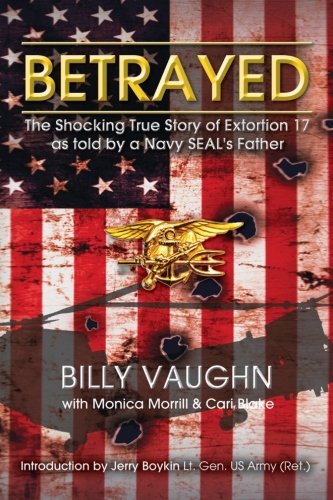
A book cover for Betrayed: The Shocking True Story of Extortion 17 as told by a Navy SEAL's Father; Billy Vaughn; History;